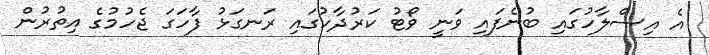
އެ އިސްލާހުގައި ބުނެފައި ވަނީ ވޯޓު ކަރުދާހުގައި ރަނގަޅު ފާހަގަ ޖެހުމުގެ އިތުރުން